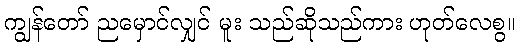
ကျွန်တော် ညမှောင်လျှင် မူး သည်ဆိုသည်ကား ဟုတ်လေစွ။